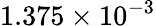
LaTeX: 1.375\times 10^{-3}